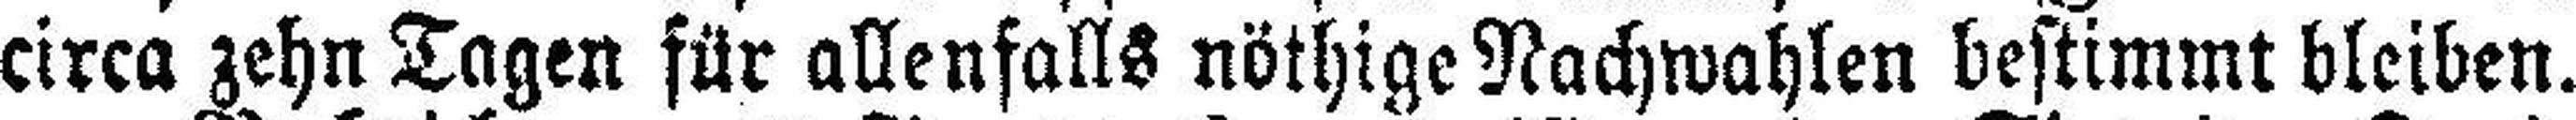
circa zehn Tagen für allenfalls nöthige Nachwahlen bestimmt bleiben.